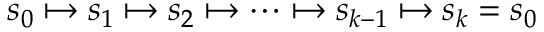
s _ { 0 } \mapsto s _ { 1 } \mapsto s _ { 2 } \mapsto \cdots \mapsto s _ { k - 1 } \mapsto s _ { k } = s _ { 0 }